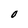
Character: O